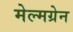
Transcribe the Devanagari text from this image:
मेल्मग्रेन